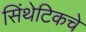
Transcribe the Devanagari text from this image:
सिंथेटिकचे